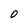
Character: 0